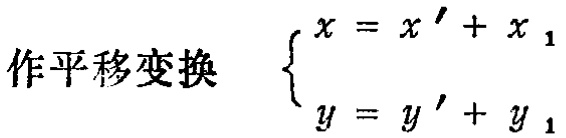
作平移变换 $\begin{cases}x = x'+x_1\\y = y'+y_1\end{cases}$